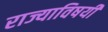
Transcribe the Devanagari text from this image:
राज्याविषयी